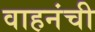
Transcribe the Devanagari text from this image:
वाहनंची